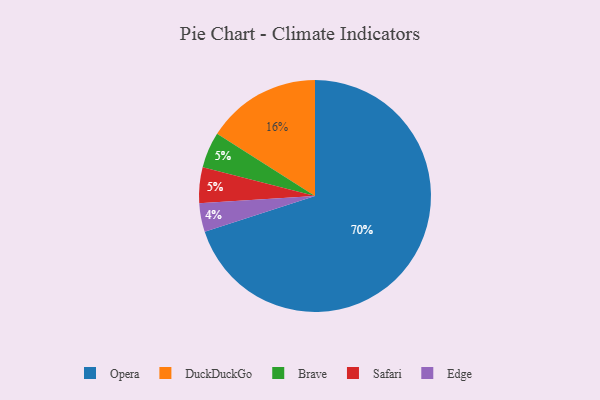
{"axis": {"x": "Category", "y": "Percentage"}, "legend": ["Brave", "DuckDuckGo", "Edge", "Opera", "Safari"], "data": [{"x": "Brave", "y": 5, "type": "Brave"}, {"x": "DuckDuckGo", "y": 16, "type": "DuckDuckGo"}, {"x": "Safari", "y": 5, "type": "Safari"}, {"x": "Edge", "y": 4, "type": "Edge"}, {"x": "Opera", "y": 70, "type": "Opera"}]}